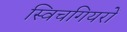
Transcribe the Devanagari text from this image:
स्विचगियरों